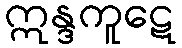
ဣန္ဒကူဋေ